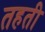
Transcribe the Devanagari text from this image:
तहती